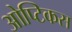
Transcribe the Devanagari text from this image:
ओप्टिकस